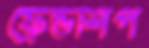
ফ্রেন্ডশিপ